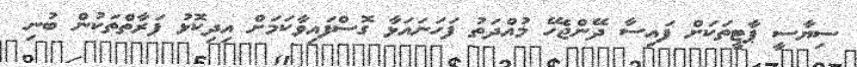
ސިޔާސީ ޕާޓީތަކަށް ފައިސާ ދޭންޖެހޭ މުއްދަތު ފަހަނައަޅާ ގޮސްފައިވާކަމަށް އިދިކޮޅު ފަރާތްތަކުން ބުނި